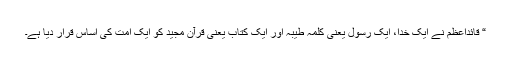
“ قائداعظمؒ نے ایک خدا، ایک رسول یعنی کلمہ طیبہ اور ایک کتاب یعنی قرآن مجید کو ایک اُمت کی اساس قرار دیا ہے۔